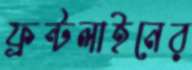
ফ্রন্টলাইনের